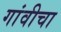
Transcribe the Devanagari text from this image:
गांवीचा